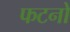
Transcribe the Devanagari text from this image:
फटनों